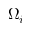
\Omega _ { i }